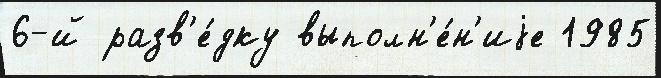
6-й разв'е́дку выполн'е́н'иjе 1985